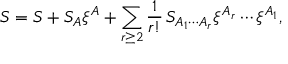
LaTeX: { \cal S } = S + S _ { A } \xi ^ { A } + \sum _ { r \geq 2 } \frac 1 { r ! } \, S _ { A _ { 1 } \cdots A _ { r } } \xi ^ { A _ { r } } \cdots \xi ^ { A _ { 1 } } ,